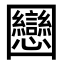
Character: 𡈻